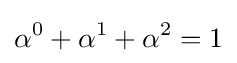
\alpha ^{0}+\alpha ^{1}+\alpha ^{2}=1